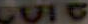
CUIC